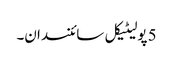
5 پولیٹیکل سائنسدان۔